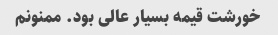
خورشت قیمه بسیار عالی بود. ممنونم